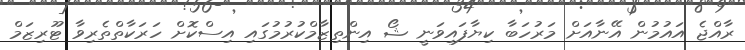
ރާއްޖެ އައުމުން އޭނާއަށް މަރުހަބާ ކިޔާފައިވަނީ ޝޯ އިންތިޒާމްކުރުމުގައި އިސްކޮށް ހަރަކާތްތެރިވާ ޓޫރިޒަމް